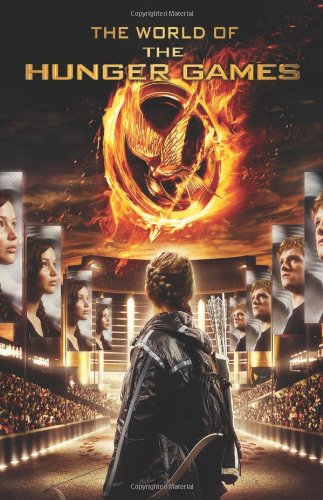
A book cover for The World of the Hunger Games (Hunger Games Trilogy); Kate Egan; Teen & Young Adult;